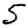
Digit: 5